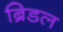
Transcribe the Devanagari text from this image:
ब्रिडल